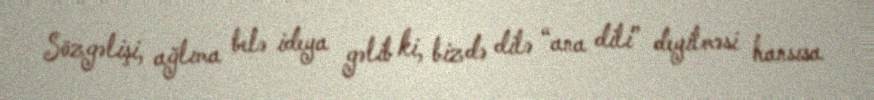
Sözgəlişi, ağlıma belə ideya gəlib ki, bizdə dilə “ana dili” deyilməsi hansısa